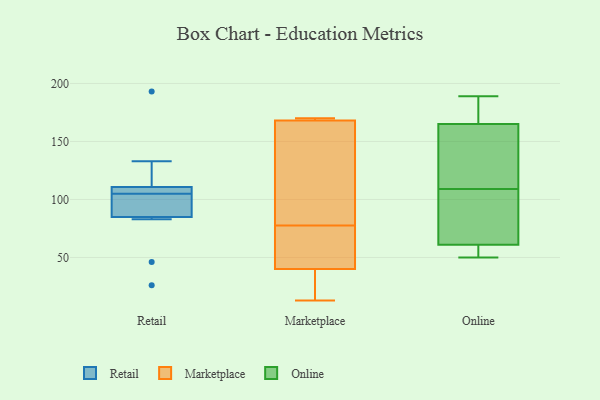
{"axis": {"x": "Waste Production (Tons)", "y": "Value"}, "legend": ["Marketplace", "Online", "Retail"], "data": [{"x": "", "y": 107, "type": "Retail"}, {"x": "", "y": 91, "type": "Retail"}, {"x": "", "y": 100, "type": "Retail"}, {"x": "", "y": 83, "type": "Retail"}, {"x": "", "y": 105, "type": "Retail"}, {"x": "", "y": 26, "type": "Retail"}, {"x": "", "y": 193, "type": "Retail"}, {"x": "", "y": 112, "type": "Retail"}, {"x": "", "y": 105, "type": "Retail"}, {"x": "", "y": 46, "type": "Retail"}, {"x": "", "y": 133, "type": "Retail"}, {"x": "", "y": 40, "type": "Marketplace"}, {"x": "", "y": 169, "type": "Marketplace"}, {"x": "", "y": 168, "type": "Marketplace"}, {"x": "", "y": 112, "type": "Marketplace"}, {"x": "", "y": 13, "type": "Marketplace"}, {"x": "", "y": 78, "type": "Marketplace"}, {"x": "", "y": 170, "type": "Marketplace"}, {"x": "", "y": 25, "type": "Marketplace"}, {"x": "", "y": 51, "type": "Marketplace"}, {"x": "", "y": 77, "type": "Marketplace"}, {"x": "", "y": 95, "type": "Online"}, {"x": "", "y": 141, "type": "Online"}, {"x": "", "y": 165, "type": "Online"}, {"x": "", "y": 56, "type": "Online"}, {"x": "", "y": 50, "type": "Online"}, {"x": "", "y": 61, "type": "Online"}, {"x": "", "y": 116, "type": "Online"}, {"x": "", "y": 102, "type": "Online"}, {"x": "", "y": 189, "type": "Online"}, {"x": "", "y": 166, "type": "Online"}]}